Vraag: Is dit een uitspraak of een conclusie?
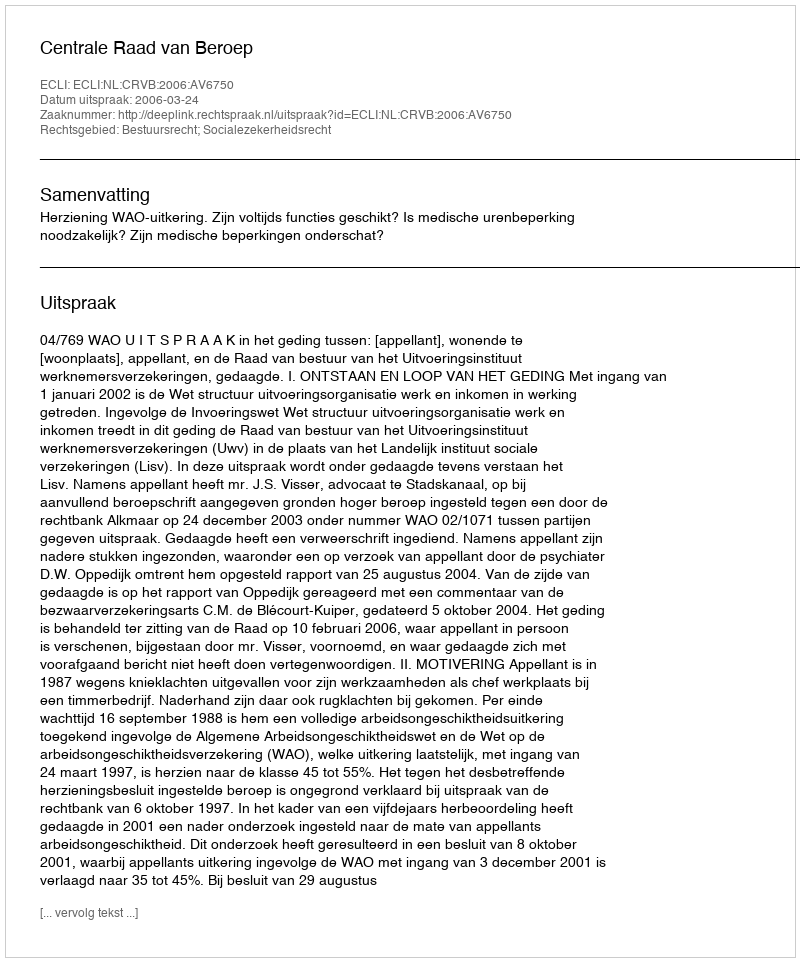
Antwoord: Uitspraak